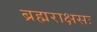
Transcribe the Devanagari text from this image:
ब्रह्मराक्षसः